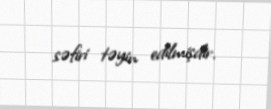
səfiri təyin edilmişdir.